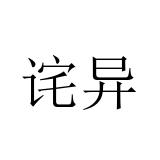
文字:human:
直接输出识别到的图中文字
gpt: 诧异